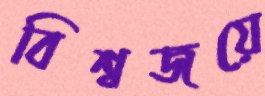
বিশ্বজয়ে